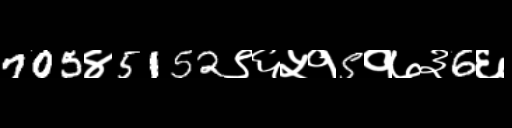
Text: 705४5152९६५१5१७३6६